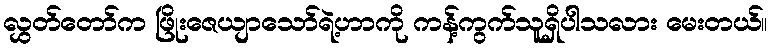
လွှတ်တော်က ဖြိုးဇေယျာသော်ရဲ့ဟာကို ကန့်ကွက်သူရှိပါသလား မေးတယ်။